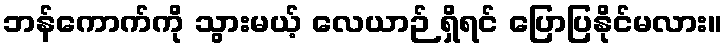
ဘန်ကောက်ကို သွားမယ့် လေယာဉ် ရှိရင် ပြောပြနိုင်မလား။